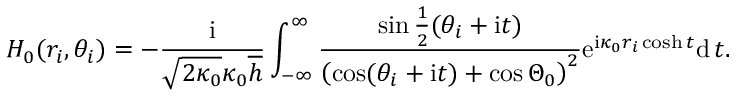
H _ { 0 } ( r _ { i } , \theta _ { i } ) = - \frac { \mathrm { i } } { \sqrt { 2 \kappa _ { 0 } } \kappa _ { 0 } \overline { { h } } } \int _ { - \infty } ^ { \infty } \frac { \sin \frac { 1 } { 2 } ( \theta _ { i } + \mathrm { i } t ) } { \left( \cos ( \theta _ { i } + \mathrm { i } t ) + \cos \Theta _ { 0 } \right) ^ { 2 } } \mathrm { e } ^ { \mathrm { i } \kappa _ { 0 } r _ { i } \cosh t } \mathrm { d } \, t .